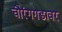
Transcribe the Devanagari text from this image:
चौरंगगडावर